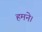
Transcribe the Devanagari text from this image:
हमने।